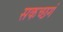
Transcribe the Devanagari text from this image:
सकच्छगं